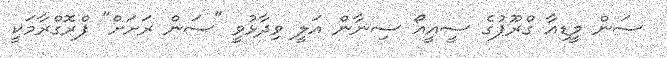
ސަން މީޑިއާ ގްރޫޕުގެ ސީއީއޯ ސިނާން އަލީ ވިދާޅުވީ "ސަން ރަށަށް" ޕްރޮގްރާމަކީ